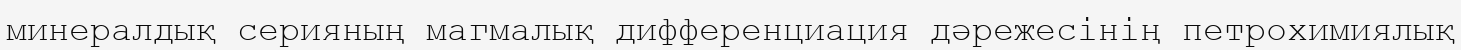
минералдық серияның магмалық дифференциация дәрежесінің петрохимиялық